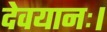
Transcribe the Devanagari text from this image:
देवयानः।